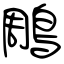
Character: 鵰